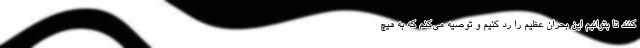
کنند تا بتوانیم این بحران عظیم را رد کنیم و توصیه می‌کنم که به هیچ